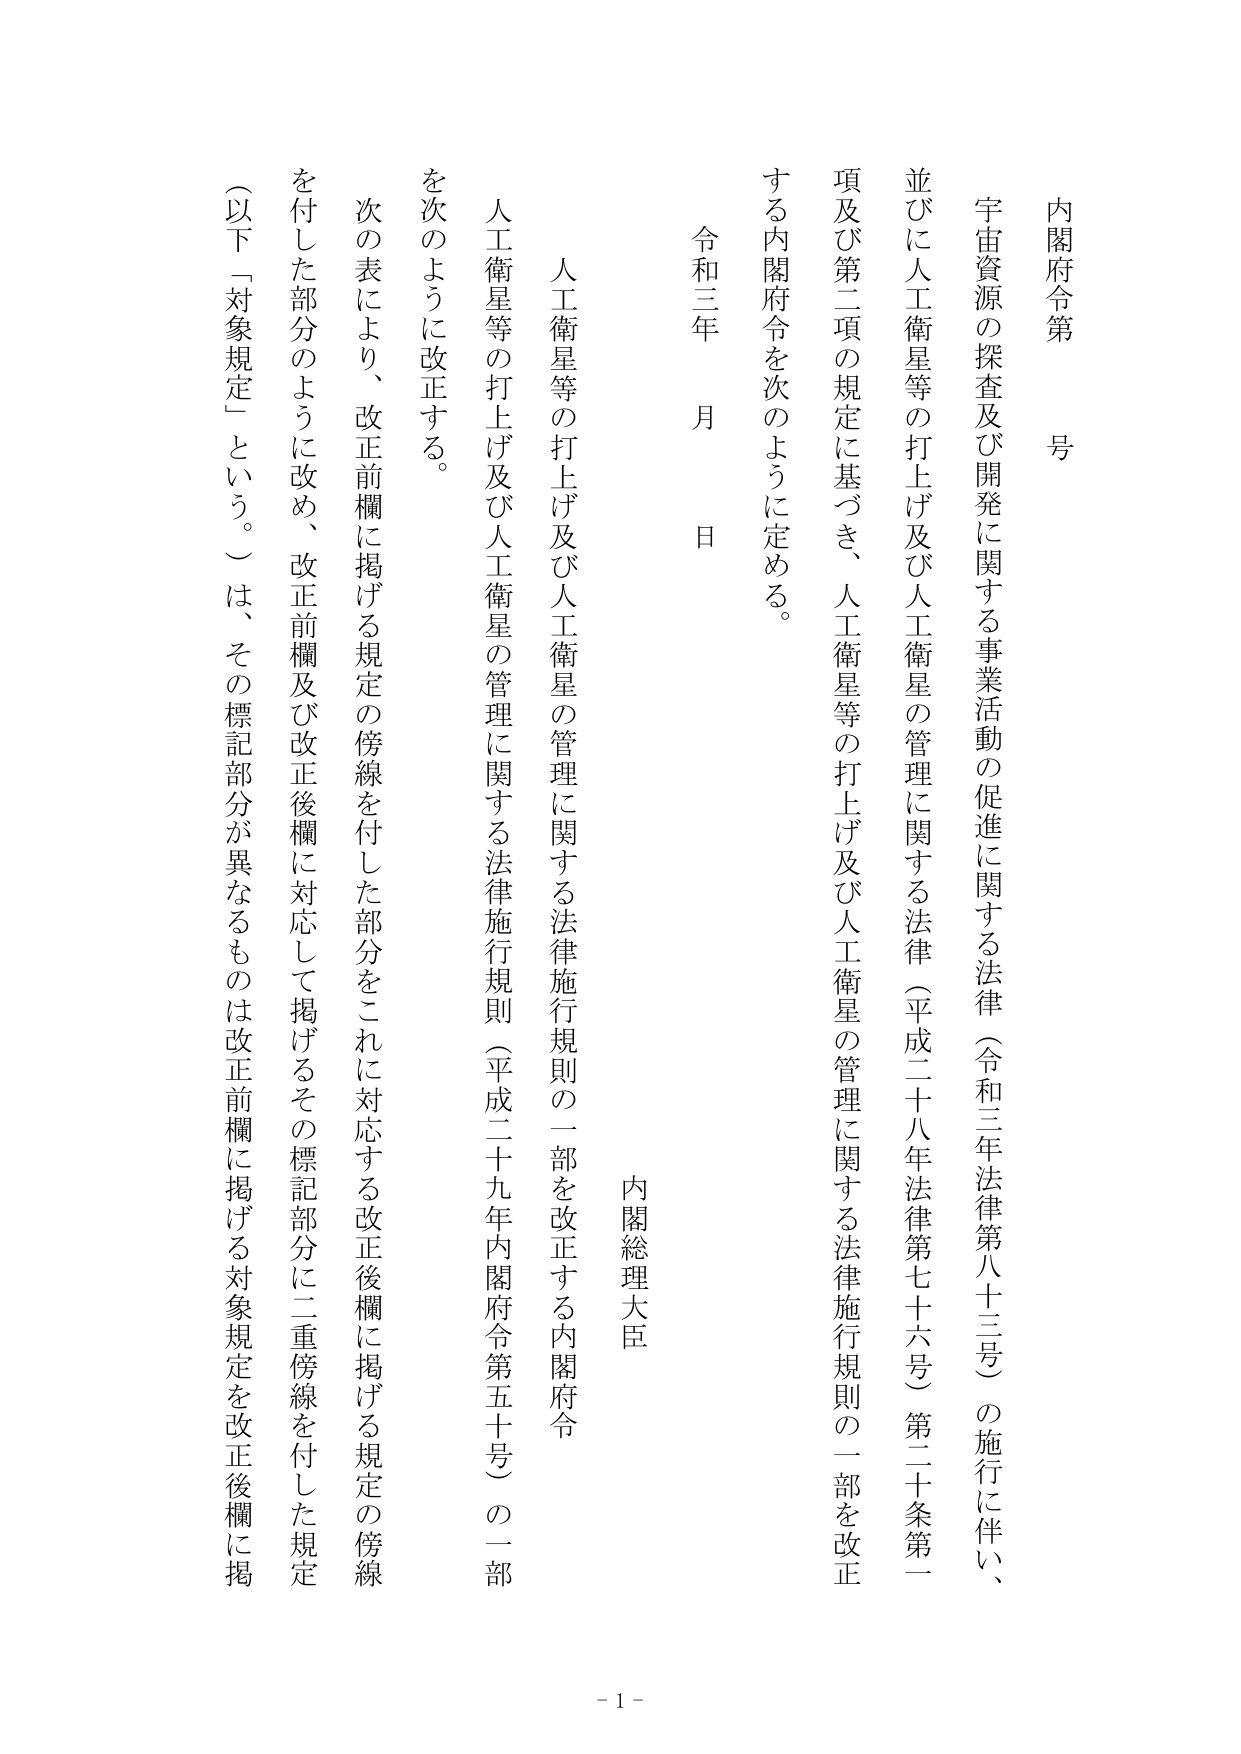
内閣府令第　号

宇宙資源の探査及び開発に関する事業活動の促進に関する法律（令和三年法律第八十三号）の施行に伴い、
並びに人工衛星等の打上げ及び人工衛星の管理に関する法律（平成二十八年法律第七十六号）第二十条第一
項及び第二項の規定に基づき、人工衛星等の打上げ及び人工衛星の管理に関する法律施行規則の一部を改正
する内閣府令を次のように定める。

令和三年　月　日

内閣総理大臣

人工衛星等の打上げ及び人工衛星の管理に関する法律施行規則の一部を改正する内閣府令

人工衛星等の打上げ及び人工衛星の管理に関する法律施行規則（平成二十九年内閣府令第五十号）の一部
を次のように改正する。

次の表により、改正前欄に掲げる規定の傍線を付した部分をこれに対応する改正後欄に掲げる規定の傍線
を付した部分のように改め、改正前欄及び改正後欄に対応して掲げるその標記部分に二重傍線を付した規定
（以下「対象規定」という。）は、その標記部分が異なるものは改正前欄に掲げる対象規定を改正後欄に掲

- 1 -